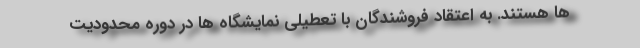
ها هستند. به اعتقاد فروشندگان با تعطیلی نمایشگاه ها در دوره محدودیت